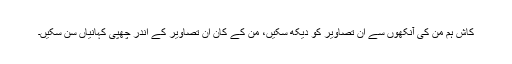
کاش ہم مَن کی آنکھوں سے ان تصاویر کو دیکھ سکیں، مَن کے کان ان تصاویر کے اندر چُھپی کہانیاں سُن سکیں۔